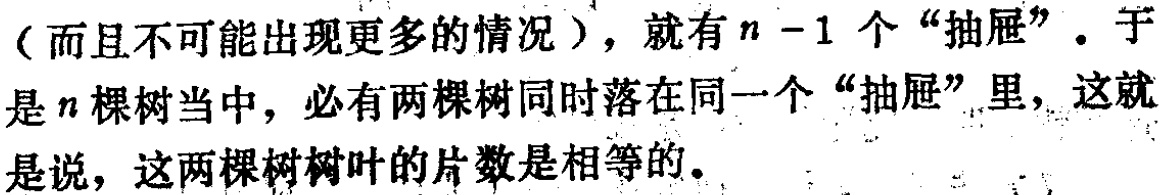
（而且不可能出现更多的情况），就有\(n - 1\)个“抽屉”。于是\(n\)棵树当中，必有两棵树同时落在同一个“抽屉”里，这就是说，这两棵树树叶的片数是相等的。